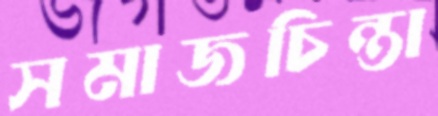
সমাজচিন্তা